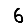
Digit: 6